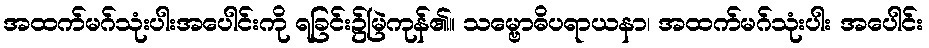
အထက်မဂ်သုံးပါးအပေါင်းကို ရခြင်း၌မြဲကုန်၏။ သမ္ဗောဓိပရာယနာ၊ အထက်မဂ်သုံးပါး အပေါင်း